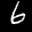
Label: 6